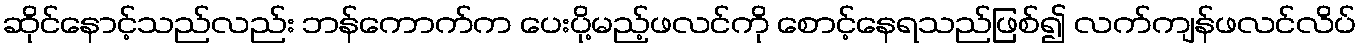
ဆိုင်နောင့်သည်လည်း ဘန်ကောက်က ပေးပို့မည့်ဖလင်ကို စောင့်နေရသည်ဖြစ်၍ လက်ကျန်ဖလင်လိပ်